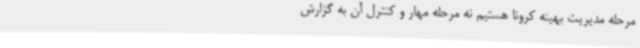
مرحله مدیریت بهینه کرونا هستیم نه مرحله مهار و کنترل آن به گزارش